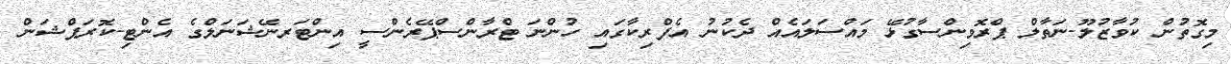
މިގޮތުން ކުވާޒުލޫ-ނަތާލް ޕްރޮވިންސާގުޅޭ މައްސަލައެއް ދެކުނު އެފްރިކާގައި ހުންނަ ޓްރާންސްޕޭރެންސީ އިންޓަރނޭޝަނަލްގެ އެންޓި-ކޮރަޕްޝަން